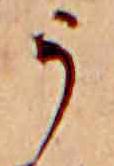
う